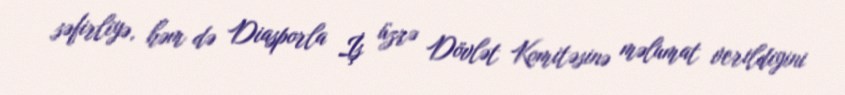
səfirliyə, həm də Diasporla İş üzrə Dövlət Komitəsinə məlumat verildiyini